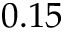
0 . 1 5